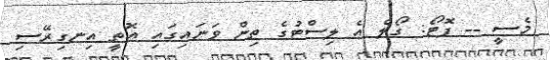
މެސީ -- ފޮޓޯ: ގޯލް އެ ލިސްޓުގެ ތިން ވަނައިގައި އޮތީ އިނގިރޭސި